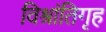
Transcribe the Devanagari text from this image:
विश्रांतिगृह